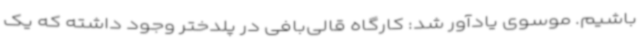
باشیم. موسوی یادآور شد: کارگاه قالی‌بافی در پلدختر وجود داشته که یک